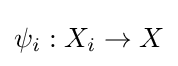
\psi _{i}:X_{i}\to X